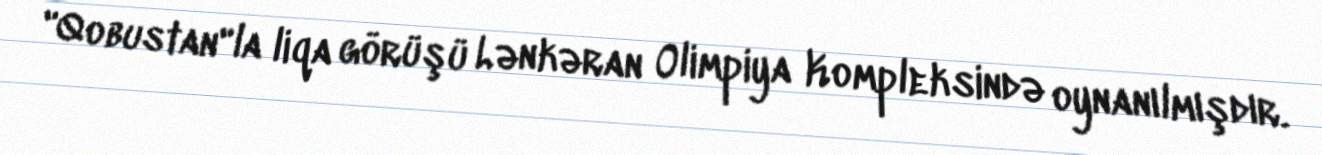
"Qobustan"la liqa görüşü Lənkəran Olimpiya Kompleksində oynanılmışdır.